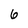
Character: 6